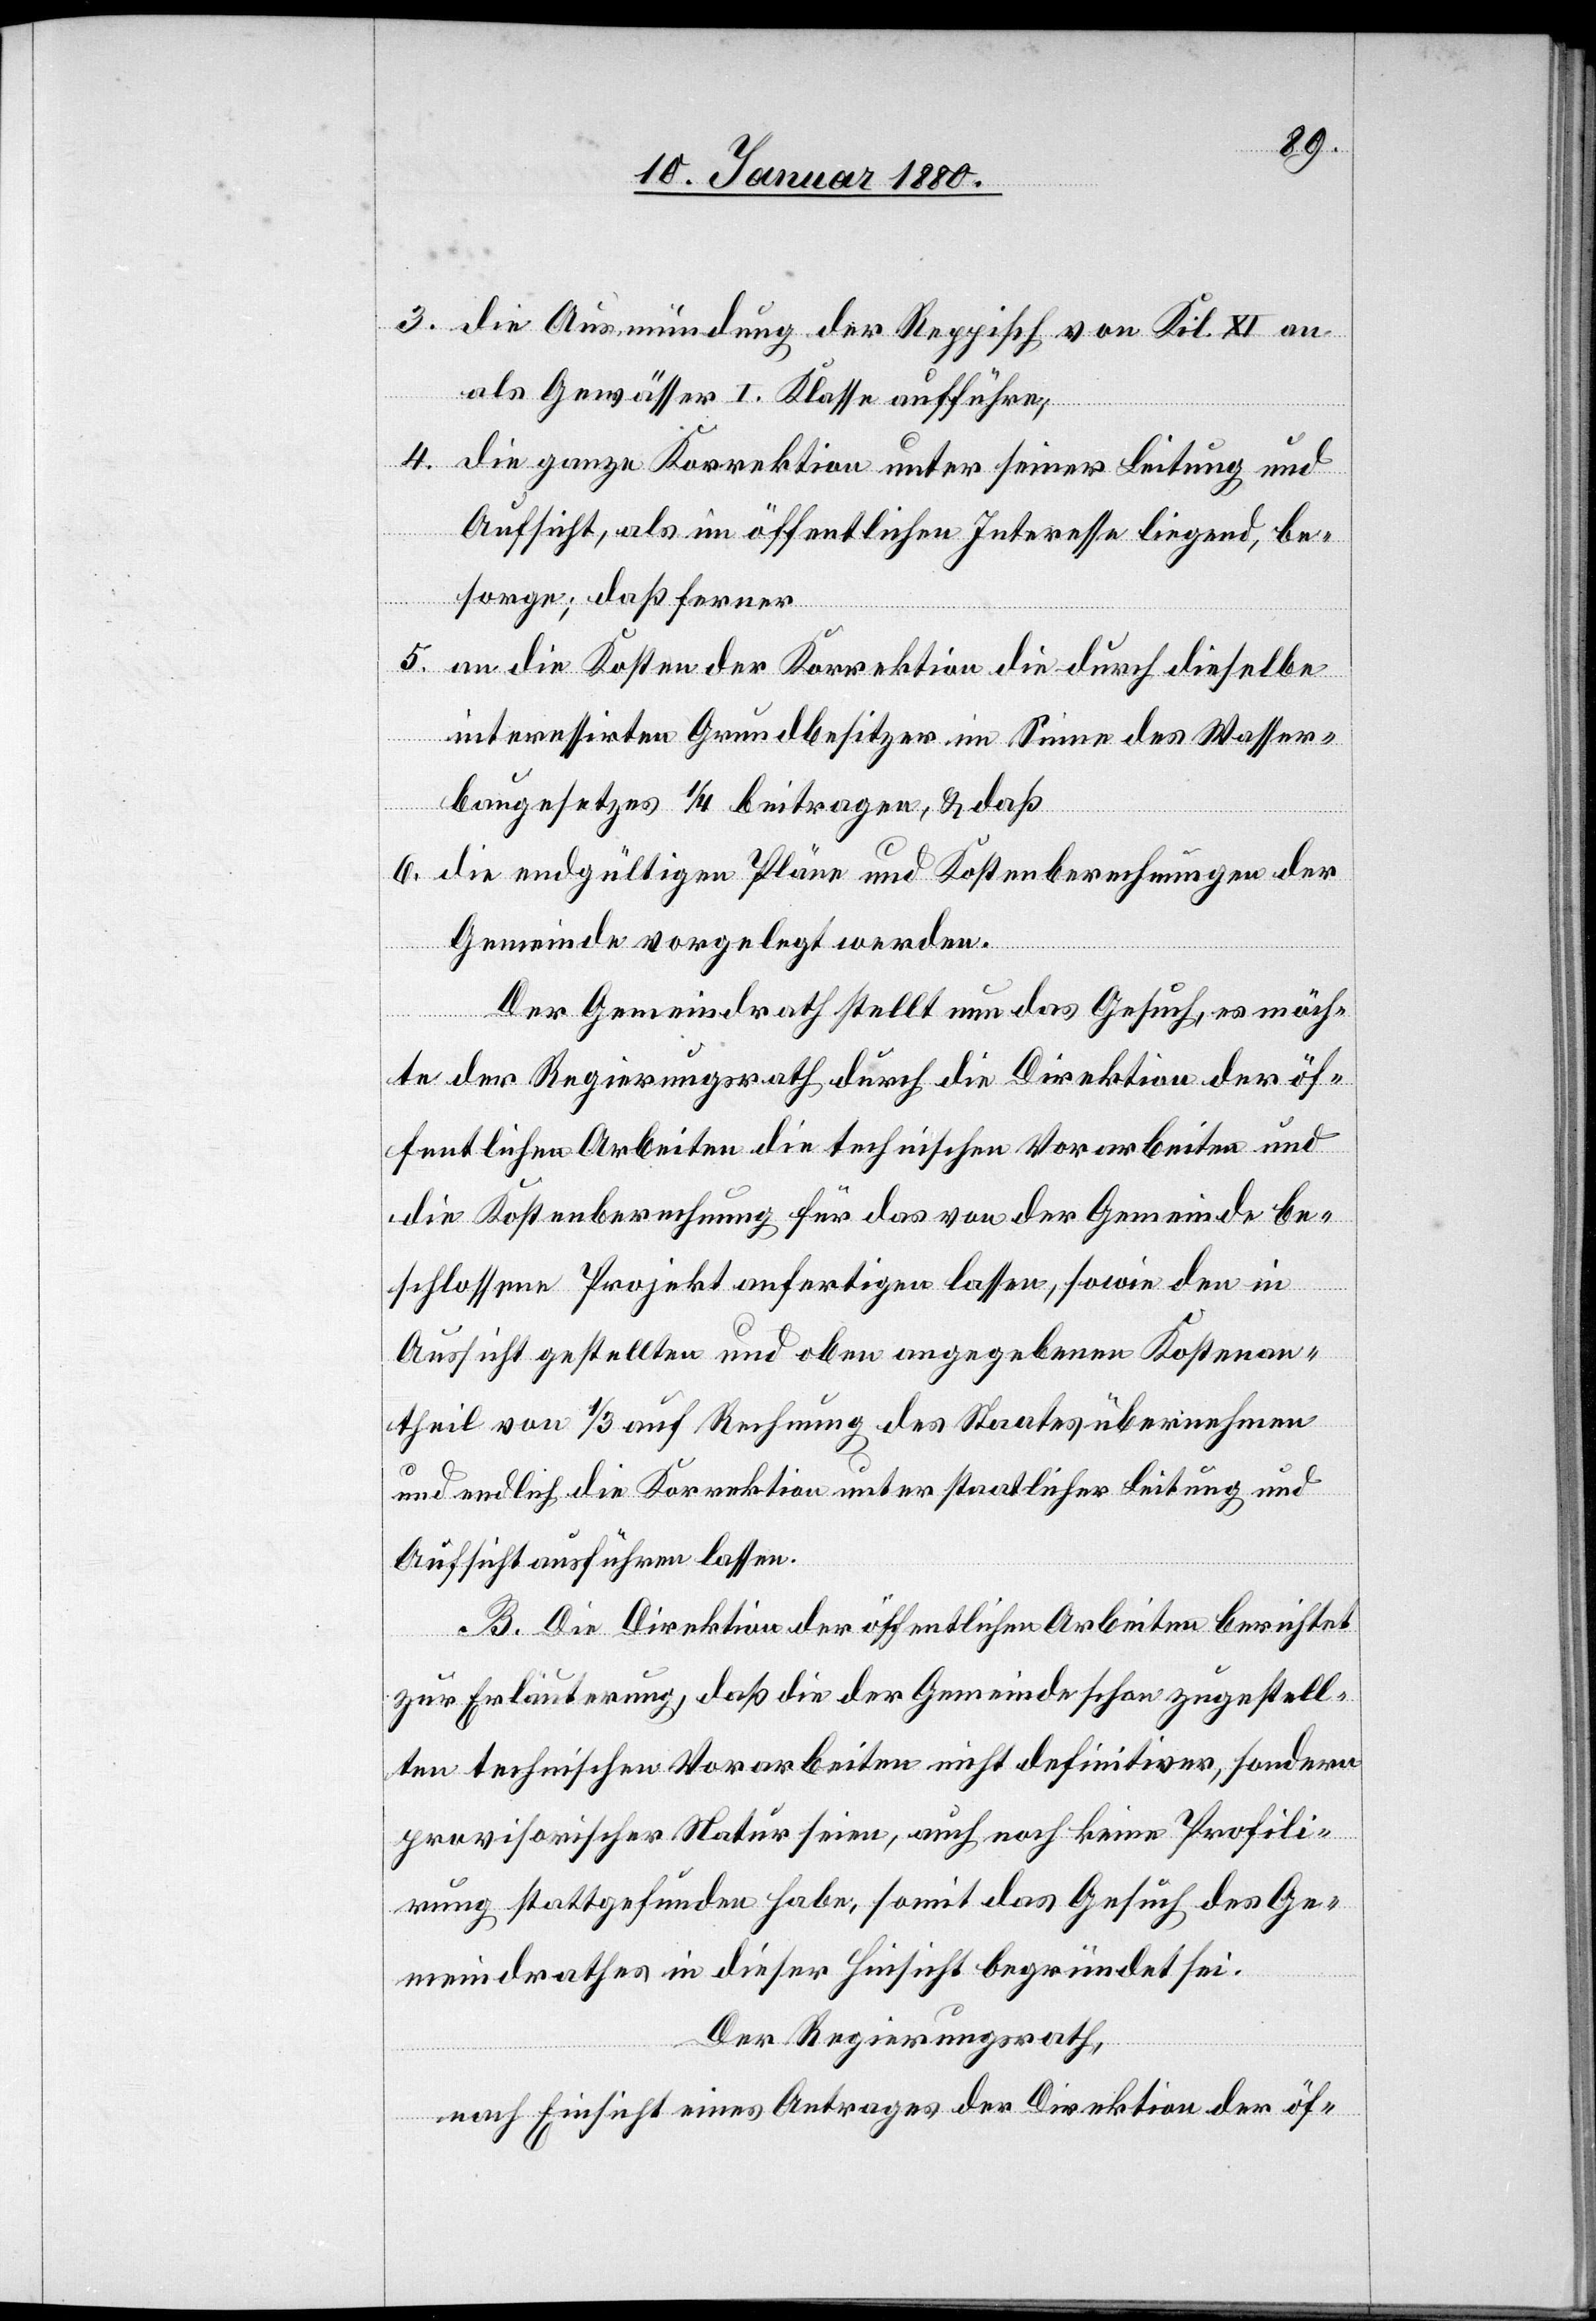
3. die Ausmündung der Reppisch von Kil. XI an
als Gewässer I. Klasse aufführe,
4. die ganze Korrektion unter seiner Leitung und
Aufsicht, als im öffentlichen Interesse liegend, be¬
sorge; daß ferner
5. an die Kosten der Korrektion die durch dieselbe
interessirten Grundbesitzer im Sinne des Wasser¬
baugesetzes 1/4 beitragen, & daß
6. die endgültigen Pläne und Kostenberechnungen der
Gemeinde vorgelegt werden.
Der Gemeindrath stellt nun das Gesuch, es möch¬
te der Regierungsrath durch die Direktion der öf¬
fentlichen Arbeiten die technischen Vorarbeiten und
die Kostenberechnung für das von der Gemeinde be¬
schlossene Projekt anfertigen lassen, sowie den in
Aussicht gestellten und oben angegebenen Kostenan¬
theil von 1/3 auf Rechnung des Staates übernehmen
und endlich die Korrektion unter staatlicher Leitung und
Aufsicht ausführen lassen.
B. Die Direktion der öffentlichen Arbeiten berichtet
zur Erläuterung, daß die der Gemeinde schon zugestell¬
ten technischen Vorarbeiten nicht definitiver, sondern
provisorischer Natur seien, auch noch keine Profili¬
rung stattgefunden habe, somit das Gesuch des Ge¬
meindrathes in dieser Hinsicht begründet sei.
Der Regierungsrath,
nach Einsicht eines Antrages der Direktion der öf-